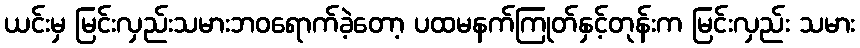
ယင်းမှ မြင်းလှည်းသမားဘဝရောက်ခဲ့တော့ ပထမနက်ကြုတ်နှင့်တုန်းက မြင်းလှည်း သမား